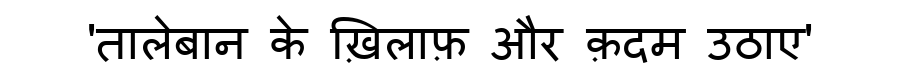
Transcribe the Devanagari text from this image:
'तालेबान के ख़िलाफ़ और क़दम उठाए'